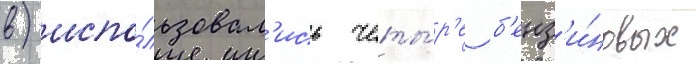
в) испо́льзовал'ись четы́р'е б'енз'и́новых